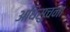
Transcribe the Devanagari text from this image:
अधिसुचना